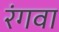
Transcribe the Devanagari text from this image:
रंगवा